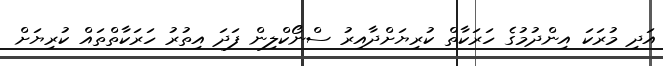
އަދި މުރަކަ އިންދުމުގެ ހަރަކާތް ކުރިޔަށްދާއިރު ސްނޯކްލިން ފަދަ އިތުރު ހަރަކާތްތައް ކުރިޔަށް